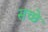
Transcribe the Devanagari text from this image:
सच्छे